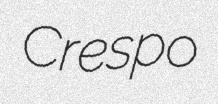
Crespo